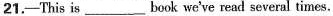
21.-This is ___ book we've read several times.